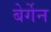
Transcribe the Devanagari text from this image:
बेर्गेन